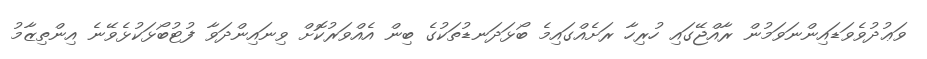
ވަޢުދުވެވަޑައިންނަވަމުން ރާއްޖޭގައި ހުރިހާ ރަށެއްގައިމެ ބޯޅަދަނޑުތަކުގެ ބިން އެއްވަރުކޮށް ވިނައިންދަވާ ފުޓުބޯޅަކުޅެވޭނެ އިންތިޒާމު